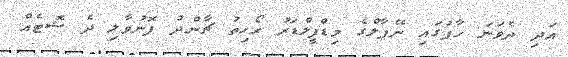
އަދި ދެވަނަ ހާފުގައި ނޭޕާލްގެ މިޑްފީލްޑަރު ރޯހިތު ޗާންދު ފޮނުވާލި ދެ ޝޮޓެއް